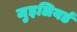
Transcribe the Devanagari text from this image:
जुइलियर्ड